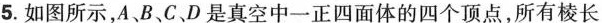
5.如图所示，A、B、C、D是真空中一正四面体的四个顶点，所有棱长